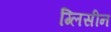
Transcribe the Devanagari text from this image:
ग्लिसीन